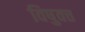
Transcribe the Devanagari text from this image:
विषुवत्त